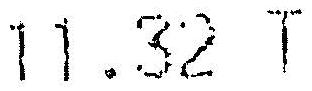
11.32 T